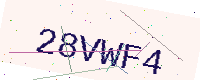
Text: 28VWF4